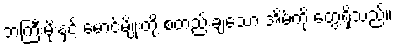
ဘကြီးမိုးနှင့် မောင်မျိုးတို့ စတည်းချသော အိမ်ကို တွေ့ရှိသည်။